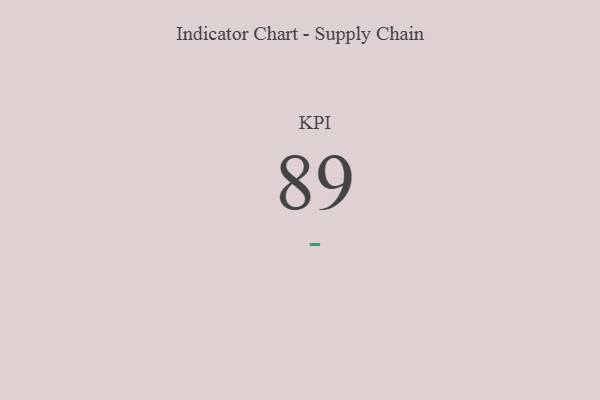
{"axis": {"x": "KPI", "y": "Value"}, "legend": [""], "data": [{"x": "KPI", "y": 89, "type": ""}]}